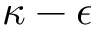
\kappa - \epsilon